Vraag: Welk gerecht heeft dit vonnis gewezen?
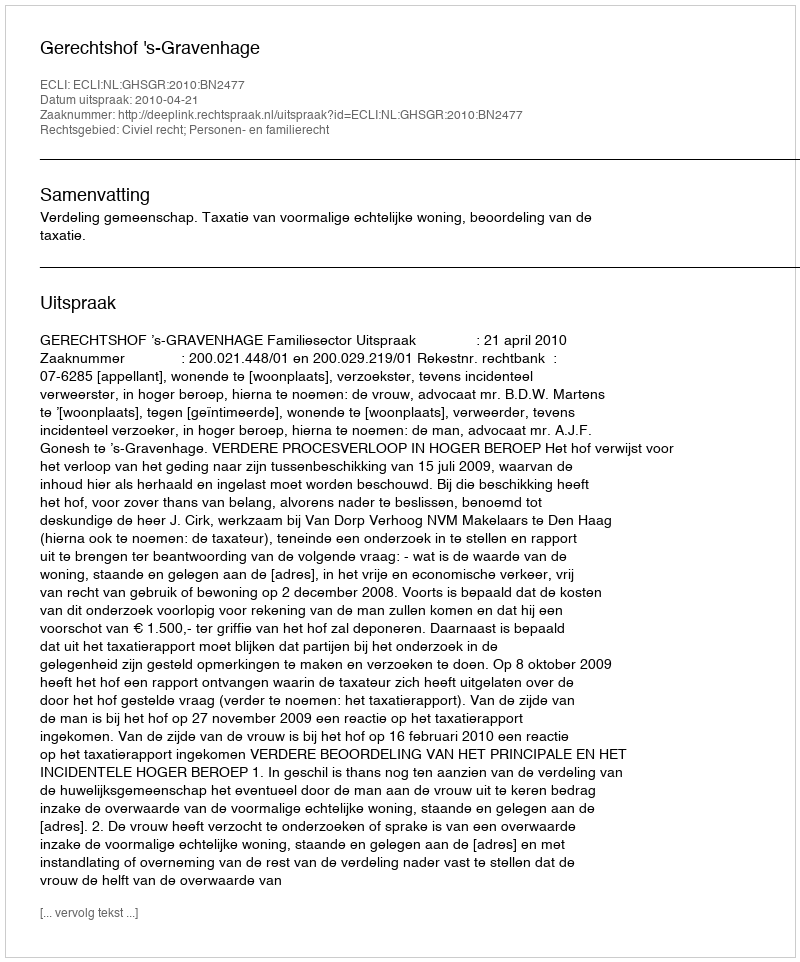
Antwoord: Gerechtshof 's-Gravenhage